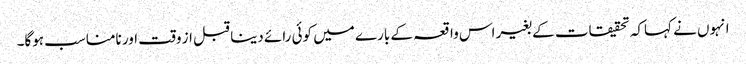
انہوں نے کہاکہ تحقیقات کے بغیر اس واقعہ کے بارے میں کوئی رائے دینا قبل از وقت اور نامناسب ہوگا۔